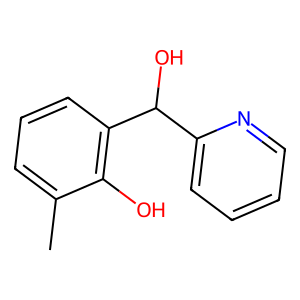
SMILES: Cc1cccc(C(O)c2ccccn2)c1O
Inhibits HIV replication: No